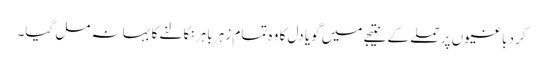
کرد باغیوں پر حملے کے نتیجے میں گویا دل کا وہ تمام زہر باہر نکالنے کا بہانہ مل گیا۔